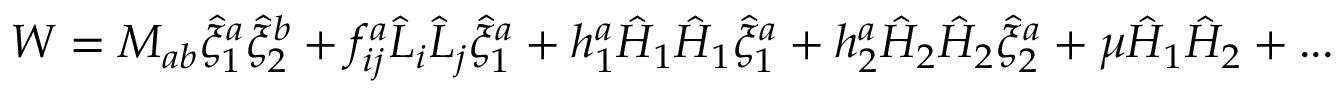
W = M _ { a b } \hat { \xi } _ { 1 } ^ { a } \hat { \xi } _ { 2 } ^ { b } + f _ { i j } ^ { a } \hat { L } _ { i } \hat { L } _ { j } \hat { \xi } _ { 1 } ^ { a } + h _ { 1 } ^ { a } \hat { H } _ { 1 } \hat { H } _ { 1 } \hat { \xi } _ { 1 } ^ { a } + h _ { 2 } ^ { a } \hat { H } _ { 2 } \hat { H } _ { 2 } \hat { \xi } _ { 2 } ^ { a } + \mu \hat { H } _ { 1 } \hat { H } _ { 2 } + . . .